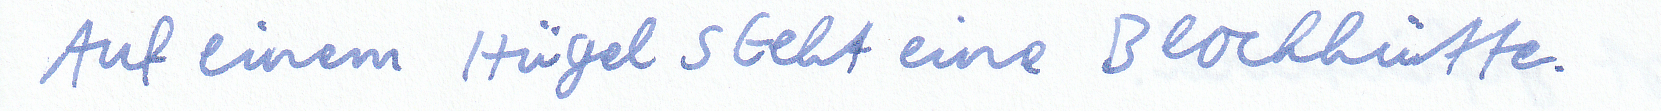
Auf einem Hügel steht eine Blockhütte.